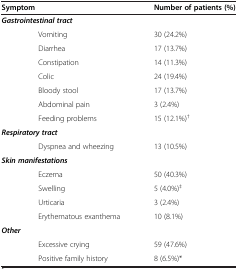
<table><thead><tr><td colspan="2"><b>Symptom</b></td><td><b>Number of patients (%)</b></td></tr></thead><tbody><tr><td colspan="2"><b><i>Gastrointestinal tract</i></b></td><td> </td></tr><tr><td> </td><td>Vomiting</td><td>30 (24.2%)</td></tr><tr><td> </td><td>Diarrhea</td><td>17 (13.7%)</td></tr><tr><td> </td><td>Constipation</td><td>14 (11.3%)</td></tr><tr><td> </td><td>Colic</td><td>24 (19.4%)</td></tr><tr><td> </td><td>Bloody stool</td><td>17 (13.7%)</td></tr><tr><td> </td><td>Abdominal pain</td><td>3 (2.4%)</td></tr><tr><td> </td><td>Feeding problems</td><td>15 (12.1%)<sup>†</sup></td></tr><tr><td colspan="2"><b><i>Respiratory tract</i></b></td><td> </td></tr><tr><td> </td><td>Dyspnea and wheezing</td><td>13 (10.5%)</td></tr><tr><td colspan="2"><b><i>Skin manifestations</i></b></td><td> </td></tr><tr><td> </td><td>Eczema</td><td>50 (40.3%)</td></tr><tr><td> </td><td>Swelling</td><td>5 (4.0%)<sup>‡</sup></td></tr><tr><td> </td><td>Urticaria</td><td>3 (2.4%)</td></tr><tr><td> </td><td>Erythematous exanthema</td><td>10 (8.1%)</td></tr><tr><td colspan="2"><b><i>Other</i></b></td><td> </td></tr><tr><td> </td><td>Excessive crying</td><td>59 (47.6%)</td></tr><tr><td> </td><td>Positive family history</td><td>8 (6.5%)*</td></tr></tbody></table>